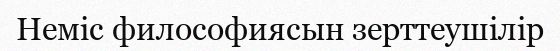
Неміс философиясын зерттеушілір